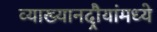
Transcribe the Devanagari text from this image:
व्याख्यानदौर्‍यांमध्ये